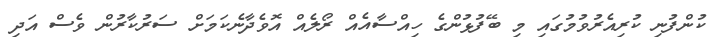
ކުންފުނި ކުރިއެރުވުމުގައި މި ބޭފުޅުންގެ ހިއްސާއެއް ރޯލެއް އޮވެދާނެކަމަށް ސަރުކާރުން ވެސް އަދި